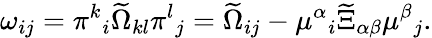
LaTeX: \omega_{ij}=\pi^{k}{}_{i}\widetilde\Omega_{kl}\pi^{l}{}_{j}=\widetilde\Omega_{ij}-\mu^{\alpha}{}_{i}\widetilde\Xi_{\alpha\beta}\mu^{\beta}{}_{j}.